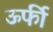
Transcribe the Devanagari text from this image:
ऊर्फी